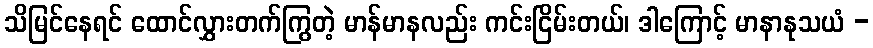
သိမြင်နေရင် ထောင်လွှားတက်ကြွတဲ့ မာန်မာနလည်း ကင်းငြိမ်းတယ်၊ ဒါကြောင့် မာနာနုသယံ -